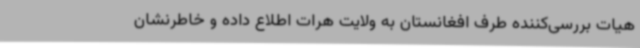
هیات بررسی‌کننده طرف افغانستان به ولایت هرات اطلاع داده و خاطرنشان